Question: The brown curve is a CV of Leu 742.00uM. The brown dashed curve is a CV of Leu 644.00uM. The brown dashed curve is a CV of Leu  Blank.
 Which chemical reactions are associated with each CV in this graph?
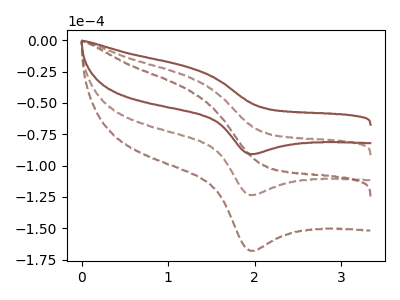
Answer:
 <answer>The brown curve is labeled "Leu 742.00uM". The brown dashed curve is labeled "Leu 644.00uM". The brown dashed curve is labeled "Leu  Blank".</answer>
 <eval></eval>